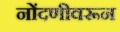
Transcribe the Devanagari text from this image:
नोंदणीवरून